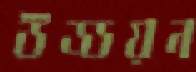
উড্ডয়ন